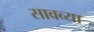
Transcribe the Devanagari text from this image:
सावव्या